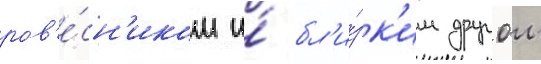
ров'е́сн'иком и́ бл'и́зк'им другом